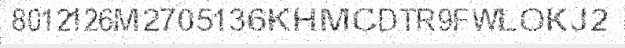
8012126M2705136KHMCDTR9FWLOKJ2